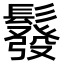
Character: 𩯌